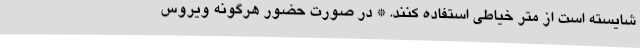
شایسته است از متر خیاطی استفاده کنند. * در صورت حضور هرگونه ویروس